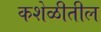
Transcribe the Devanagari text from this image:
कशेळीतील